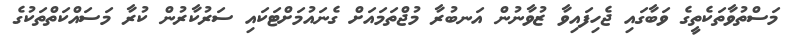
މަސްތުވާތަކެތީގެ ވަބާގައި ޖެހިފައިވާ ޒުވާނުން އަނބުރާ މުޖްތަމައަށް ގެނައުމަށްޓަކައި ސަރުކާރުން ކުރާ މަސައްކަތްތަކުގެ